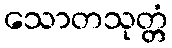
သောတသုတ္တံ